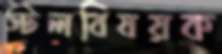
স্টলবিষয়ক